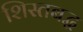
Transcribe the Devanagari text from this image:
शिस्तबद्घ